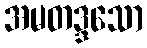
အမတဒ္ဒသော